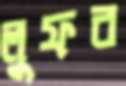
লুফব